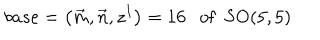
LaTeX: b a s e = \left( \vec { m } , \vec { n } , z ^ { I } \right) = 1 6 \mathrm { \ \ { \ o f } \ \ S O ( 5 , 5 ) }